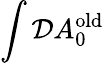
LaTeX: \int{\cal D}A_{0}^{\mathrm{old}}